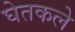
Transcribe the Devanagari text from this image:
घेतकले